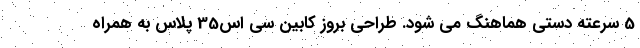
5 سرعته دستی هماهنگ می شود. طراحی بروز کابین سی اس35 پلاس به همراه